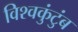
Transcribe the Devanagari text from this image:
विश्वकुंटुंब